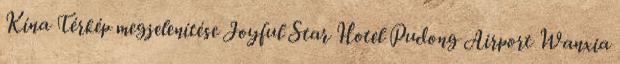
Kína Térkép megjelenítése Joyful Star Hotel Pudong Airport Wanxia